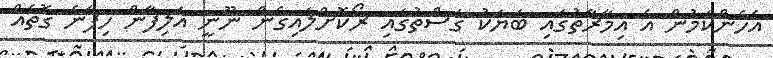
އެހެންކަމުން އެ އިމާރާތުގައި ބަޔަކު ގަސްތުގައި ރޯކޮށްލައިގެން ނޫނީ އަލިފާން ހިފާނެ ގޮތެއް